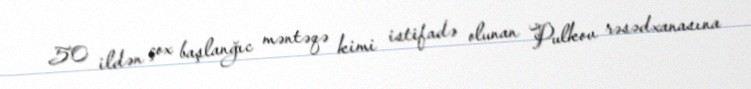
50 ildən çox başlanğıc məntəqə kimi istifadə olunan Pulkov rəsədxanasına